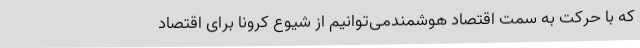
که با حرکت به سمت اقتصاد هوشمندمی‌توانیم از شیوع کرونا برای اقتصاد